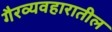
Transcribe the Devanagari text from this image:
गैरव्यवहारातील